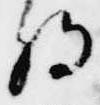
将